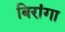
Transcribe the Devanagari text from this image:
बिरांगा